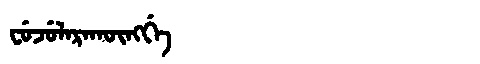
Manchu: ᠸᡠᠵᡠᠯᠠᡵᠠᡴᡡᠩᡤᡝ
Romanization: FUJULARAKŪNGGE